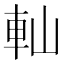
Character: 軕